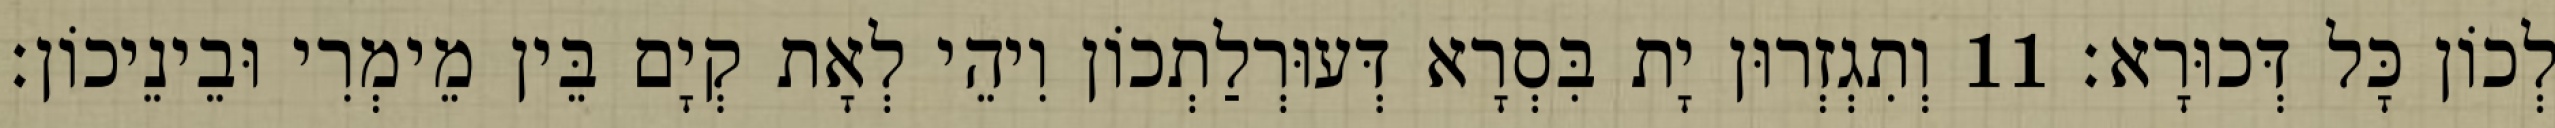
לְכוֹן כָּל דְּכוּרָא׃ 11 וְתִגְזְרוּן יָת בִּסְרָא דְּעוּרְלַתְכוֹן וִיהֵי לְאָת קְיָם בֵּין מֵימְרִי וּבֵינֵיכוֹן׃